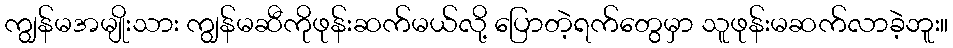
ကျွန်မအမျိုးသား ကျွန်မဆီကိုဖုန်းဆက်မယ်လို့ ပြောတဲ့ရက်တွေမှာ သူဖုန်းမဆက်လာခဲ့ဘူး။